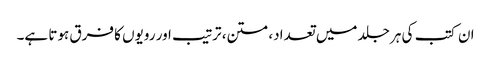
ان کتب کی ہر جلد میں تعداد، متن، ترتیب اور رویوں کا فرق ہوتا ہے۔